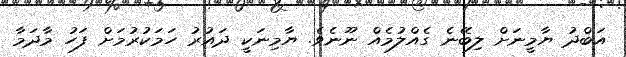
އަބްދު ޔާމީނަށް ލިބޭނެ ގެއްލުމެއް ނޫނެވެ. ޔާމިނަކީ ދައުރު ހަމަކުރުމަށް ފަހު މާދަމާ